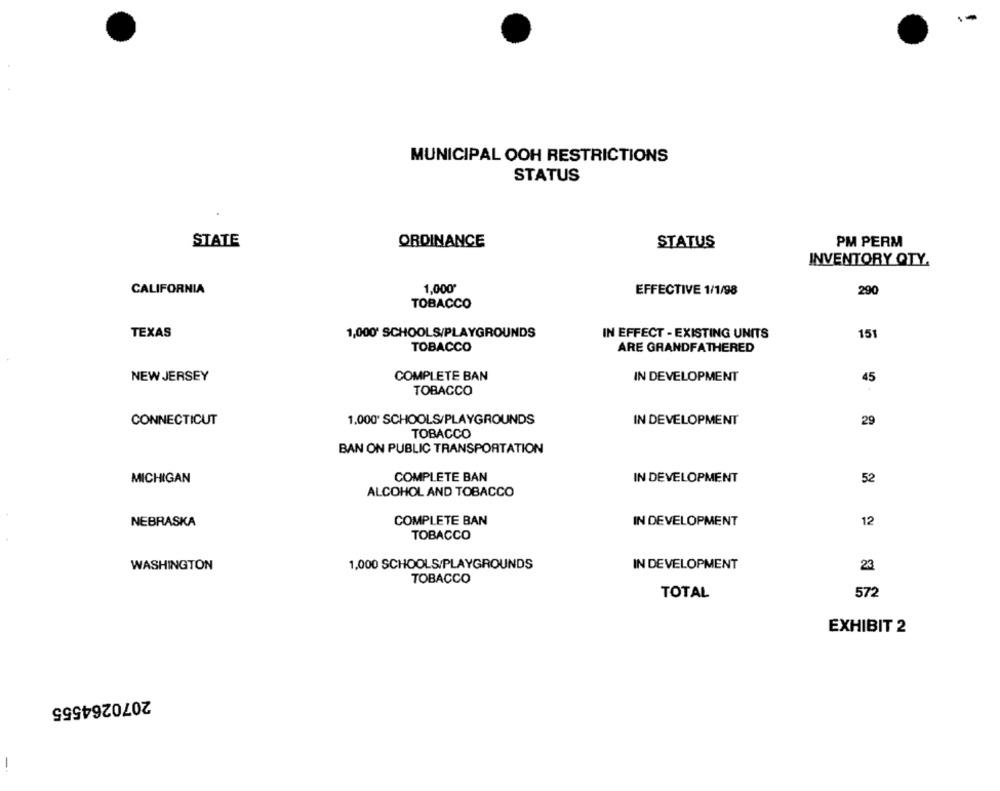
MUNICIPAL OOH RESTRICTIONS
STATUS
STATE
ORDINANCE
STATUS
PM PERM
INVENTORY QTY.
CALIFORNIA
1,000*
EFFECTIVE 1/1/98
290
TOBACCO
TEXAS
1,000* SCHOOLS/PLAYGROUNDS
IN EFFECT - EXISTING UNITS
151
TOBACCO
ARE GRANDFATHERED
NEW JERSEY
COMPLETE BAN
IN DEVELOPMENT
45
TOBACCO
1.000 SCHOOLS/PLAYGROUNDS
CONNECTICUT
IN DEVELOPMENT
29
TOBACCO
BAN ON PUBLIC TRANSPORTATION
MICHIGAN
COMPLETE BAN
IN DEVELOPMENT
52
ALCOHOL AND TOBACCO
NEBRASKA
COMPLETE BAN
IN DEVELOPMENT
12
TOBACCO
WASHINGTON
1,000 SCHOOLS/PLAYGROUNDS
IN DEVELOPMENT
23
TOBACCO
572
TOTAL
EXHIBIT 2
2070264555